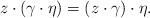
LaTeX: \begin{align*}z \cdot (\gamma \cdot \eta) = (z \cdot \gamma) \cdot \eta.\end{align*}